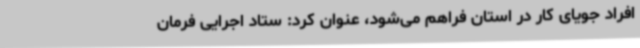
افراد جویای کار در استان فراهم می‌شود، عنوان کرد: ستاد اجرایی فرمان